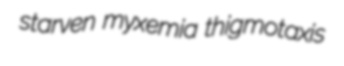
starven myxemia thigmotaxis